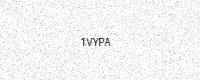
Text: 1VYPA